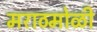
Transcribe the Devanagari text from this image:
मराठमोळी